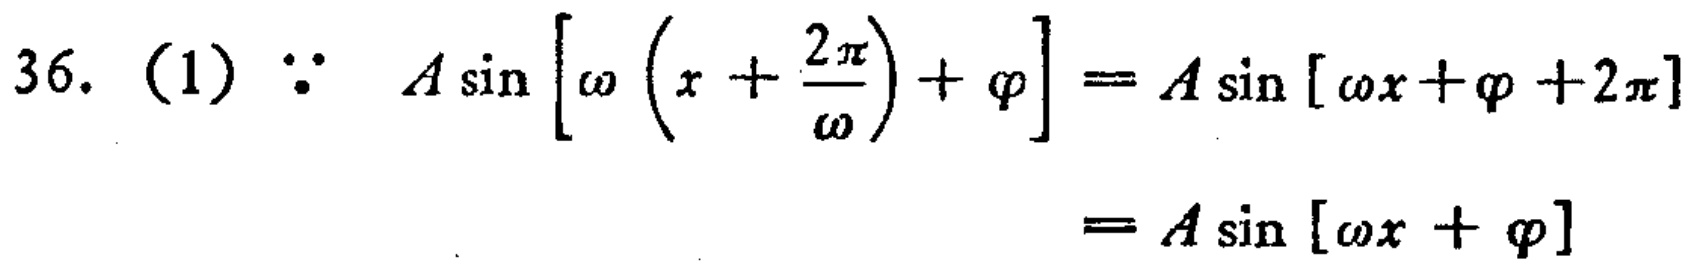
36. (1) $\because A\sin\left[\omega\left(x + \frac{2\pi}{\omega}\right)+\varphi\right]=A\sin[\omega x+\varphi + 2\pi]$

$=A\sin[\omega x+\varphi]$